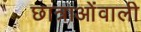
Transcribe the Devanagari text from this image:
छात्राओंवाली